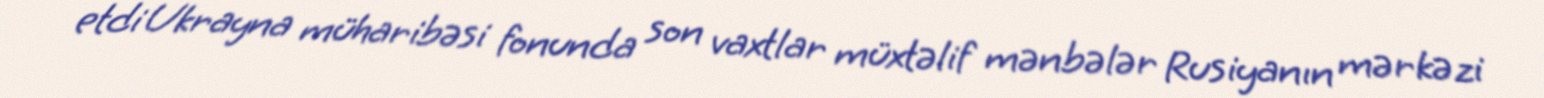
etdi Ukrayna müharibəsi fonunda son vaxtlar müxtəlif mənbələr Rusiyanın mərkəzi